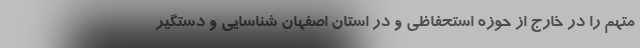
متهم را در خارج از حوزه استحفاظی و در استان اصفهان شناسایی و دستگیر